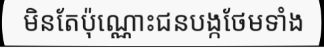
មិនតែប៉ុណ្ណោះជនបង្កថែមទាំង